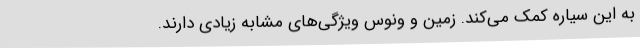
به این سیاره کمک می‌کند. زمین و ونوس ویژگی‌های مشابه زیادی دارند.